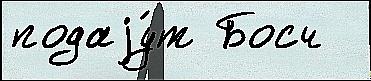
подаjу́т Босч